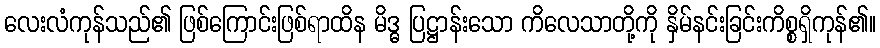
လေးလံကုန်သည်၏ ဖြစ်ကြောင်းဖြစ်ရာထိန မိဒ္ဓ ပြဋ္ဌာန်းသော ကိလေသာတို့ကို နှိမ်နင်းခြင်းကိစ္စရှိကုန်၏။